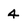
Character: 4